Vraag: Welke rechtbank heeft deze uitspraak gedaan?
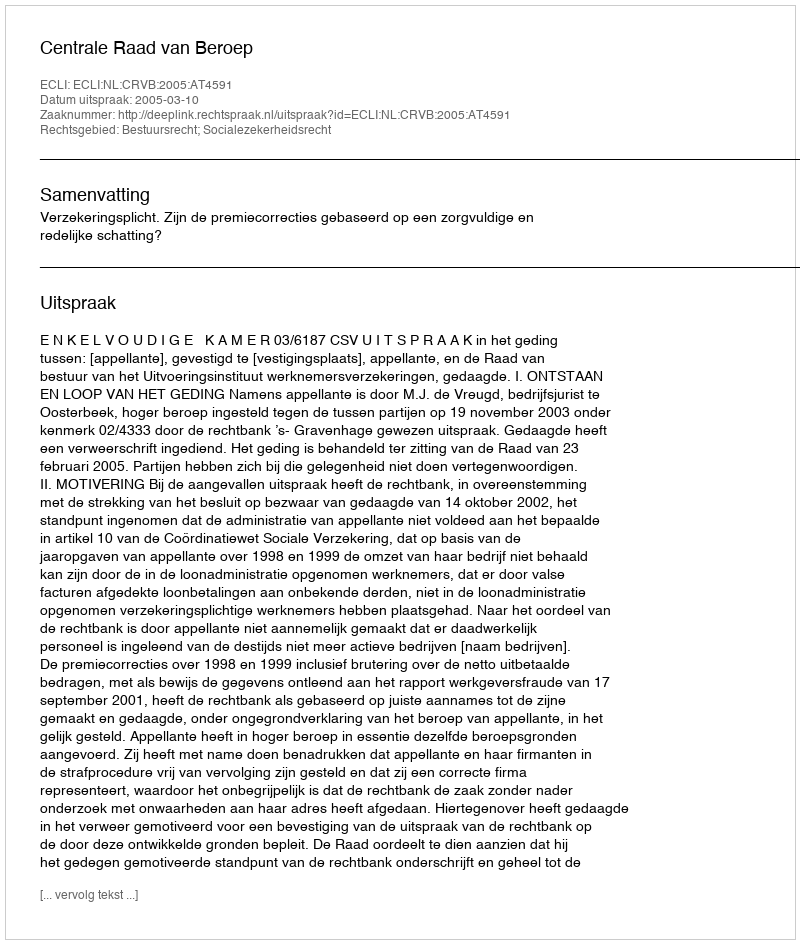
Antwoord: Centrale Raad van Beroep